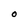
Character: O